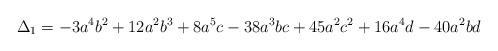
LaTeX: \begin{align*}\Delta_1=-3 a^4 b^2+12 a^2 b^3+8 a^5 c-38 a^3 b c+45 a^2 c^2+16 a^4 d-40 a^2 b d\end{align*}